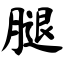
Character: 腿